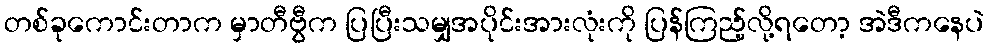
တစ်ခုကောင်းတာက မှာတီဗွီက ပြပြီးသမျှအပိုင်းအားလုံးကို ပြန်ကြည့်လို့ရတော့ အဲဒီကနေပဲ